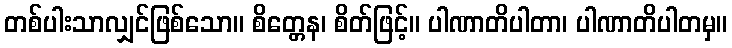
တစ်ပါးသာလျှင်ဖြစ်သော။ စိတ္တေန၊ စိတ်ဖြင့်။ ပါဏာတိပါတာ၊ ပါဏာတိပါတမှ။